Annual report on the Civil Veterinary Department, Burma (including the Insein Veterinary School) - 1932-1941
Year: 1932
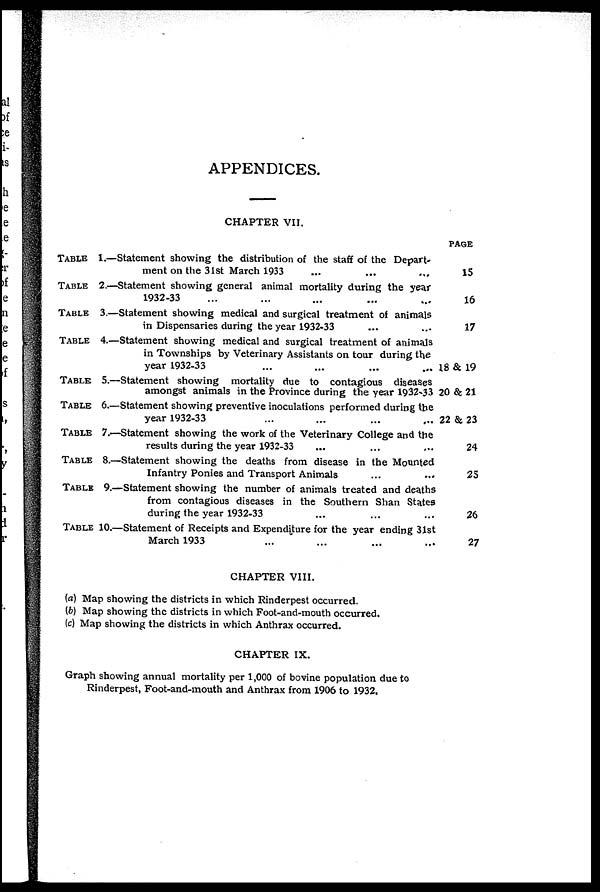
APPENDICES.
CHAPTER VII.
TABLE 1.—
TABLE 2.—
TABLE 3.—
TABLE 4.—
TABLE 5.—
TABLE 6.—
TABLE 7.—
TABLE 8.—
TABLE 9.—
TABLE 10.—
Statement showing the distribution of the staff of the Depart-
ment on the 31st March 1933 ... ... ...
Statement showing general animal mortality during the year
1932-33 ... ... ... ... ...
Statement showing medical and surgical treatment of animals
in Dispensaries during the year 1932-33 ... ...
Statement showing medical and surgical treatment of animals
in Townships by Veterinary Assistants on tour during the
year 1932-33
...
...
...
...
Statement showing mortality due to contagious diseases
amongst animals in the Province during the year 1932-33
Statement showing preventive inoculations performed during the
year 1932-33 ... ...
Statement showing the work of the Veterinary College and the
results during the year 1932-33 ... ... ...
Statement showing the deaths from disease in the Mounted
Infantry Ponies and Transport Animals ... ...
-Statement showing the number of animals treated and deaths
from contagious diseases in the Southern Shan States
during the year 1932-33 ... ... ...
-Statement of Receipts and Expenditure for the year ending 31st
March 1933 ... ... ... ...
PAGE
15
16
17
18 & 19
20 & 21
22 & 23
24
25
26
27
CHAPTER VIII.
(a) Map showing the districts in which Rinderpest occurred.
(b) Map showing the districts in which Foot-and-mouth occurred.
(c) Map showing the districts in which Anthrax occurred.
CHAPTER IX.
Graph showing annual mortality per 1,000 of bovine population due to
Rinderpest, Foot-and-mouth and Anthrax from 1906 to 1932,